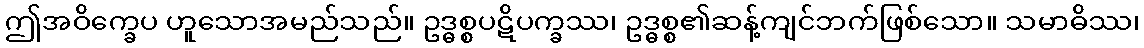
ဤအဝိက္ခေပ ဟူသောအမည်သည်။ ဥဒ္ဓစ္စပဋိပက္ခဿ၊ ဥဒ္ဓစ္စ၏ဆန့်ကျင်ဘက်ဖြစ်သော။ သမာဓိဿ၊